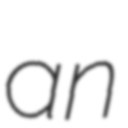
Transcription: an